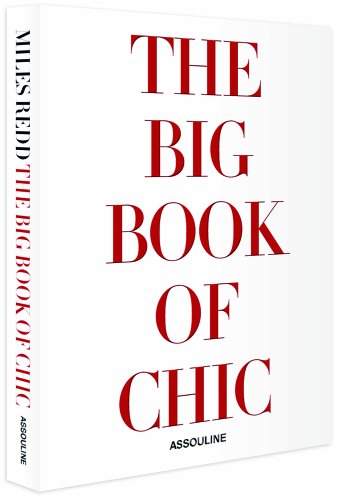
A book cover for Big Book of Chic; Miles Redd; Crafts, Hobbies & Home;